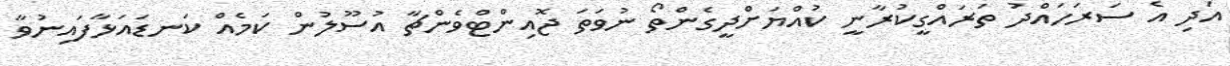
އަދި އެ ސަރަހައްދު ތަރައްގީކުރާނީ ކުއްޔަށްދީގެންތޯ ނުވަތަ ޖޮއިންޓްވެންޗާ އުސޫލުން ކަމެއް ކަނޑައަޅާފައިނުވާ